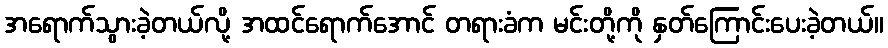
အရောက်သွားခဲ့တယ်လို့ အထင်ရောက်အောင် တရားခံက မင်းတို့ကို နှတ်ကြောင်းပေးခဲ့တယ်။